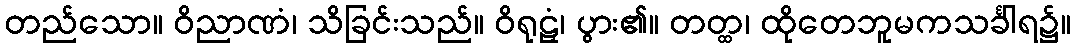
တည်သော။ ဝိညာဏံ၊ သိခြင်းသည်။ ဝိရုဠှံ၊ ပွား၏။ တတ္ထ၊ ထိုတေဘူမကသင်္ခါရ၌။